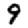
Digit: 9